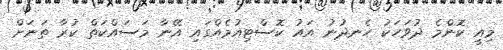
މިއީ ކޮންމެ ދުވަހަކު ހެނދުނު އައު ކޮސްޓިއުމެއްގައި އޭނާ މަސައްކަތް ކުރާ ތަނަށް